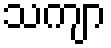
သကျာ